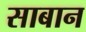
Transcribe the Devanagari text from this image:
साबान